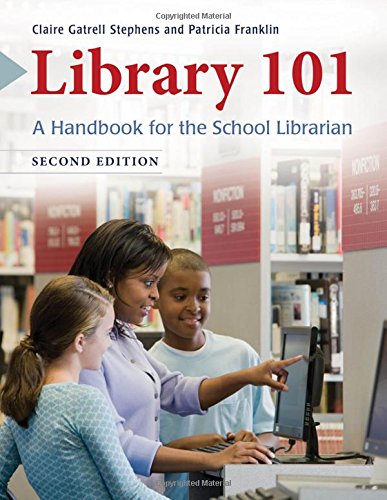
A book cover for Library 101: A Handbook for the School Librarian; Claire Gatrell Stephens; Politics & Social Sciences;